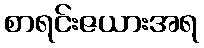
စာရင်းဇယားအရ